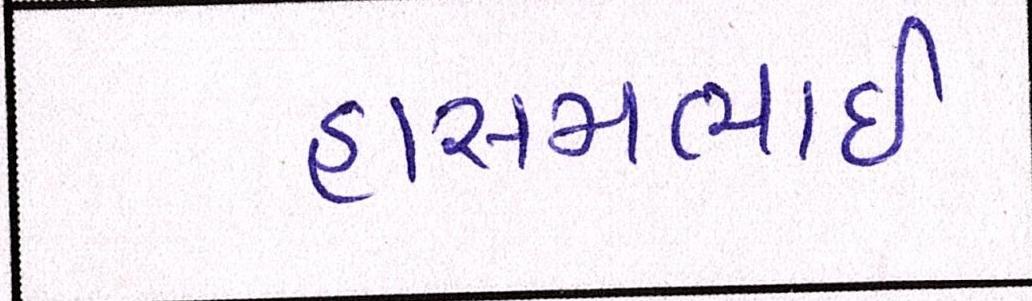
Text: હાસમભાઇ